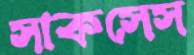
সাকসেস